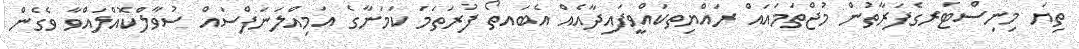
ތިޔަ މިނިސްޓަރގެފަރާތުން މުޖްތަމައައް ރައްޔިތކައްވީފައިދާއެއް އެބައތޯ ފުރަތަމަ ކަމަނާގެ އަމިއްލަނަފްސައް ސުވާލްކޮއްލައްވާ ވެގެން